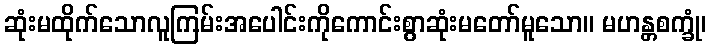
ဆုံးမထိုက်သောလူကြမ်းအပေါင်းကိုကောင်းစွာဆုံးမတော်မူသော။ မဟန္တစက္ခုံ၊